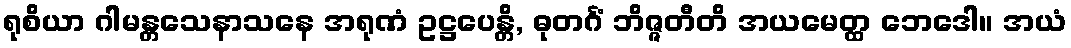
ရုစိယာ ဂါမန္တသေနာသနေ အရုဏံ ဥဋ္ဌပေန္တိ, ဓုတင်္ဂံ ဘိဇ္ဇတီတိ အယမေတ္ထ ဘေဒေါ။ အယံ